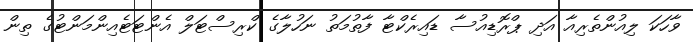
ވާހަކަ ލިއުންތެރިއާ އަދި ޕްރޮޑިއުސާ ޑައިރެކްޓާ ފާތުމަތު ނަހުލާގެ ކްރިސްޓަލް އެންޓަޓެއިންމަންޓުގެ ތިން